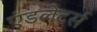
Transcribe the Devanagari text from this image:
एंडलेटर्स